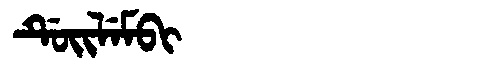
Manchu: ᡩᡠᡳᠯᡝᠮᠪᡳ
Romanization: DUILEMBI